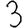
Digit: 3